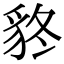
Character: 𧲴